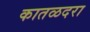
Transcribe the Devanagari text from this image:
कातळदरा